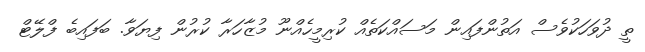
ތީ ދުވަހަކުވެސް އަތުންފައިން މަސައްކަތެއް ކުރިމީހެއްނޫ މުޒާހަރާ ކުރުން ފިޔަވާ. ބަފައިބެ ފްލޭޓް